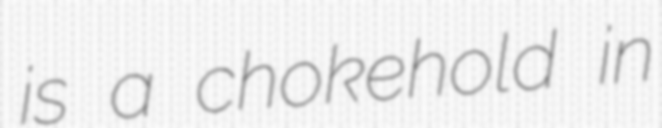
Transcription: is a chokehold in